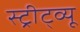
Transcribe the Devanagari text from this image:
स्ट्रीट्व्यू